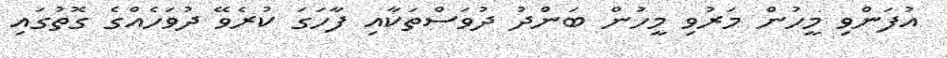
އުފަންވި މީހުން މަރުވި މީހުން ބަންދު ދުވަސްތަކާއި ފާހަގަ ކުރެވޭ ދުވަހެއްގެ ގޮތުގައި